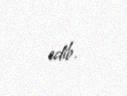
edib.